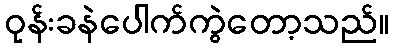
ဝုန်းခနဲပေါက်ကွဲတော့သည်။